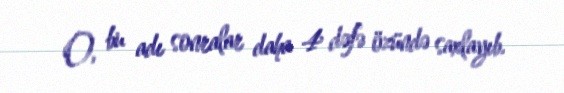
O, bu adı sonralar daha 4 dəfə özündə saxlayıb.